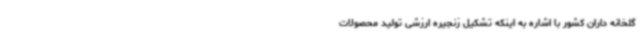
گلخانه داران کشور با اشاره به اینکه تشکیل زنجیره ارزشی تولید محصولات